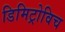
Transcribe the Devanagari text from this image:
डिमिट्रोविच